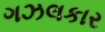
ગઝલકાર